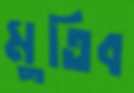
মুতিব